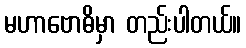
မဟာဗောဓိမှာ တည်းပါတယ်။